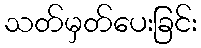
သတ်မှတ်ပေးခြင်း